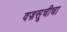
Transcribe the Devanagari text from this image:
वज्रसूचीचा